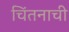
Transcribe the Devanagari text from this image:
चिंतनाची